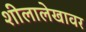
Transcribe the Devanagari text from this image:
शीलालेखावर